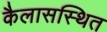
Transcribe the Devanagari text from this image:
कैलासस्थित